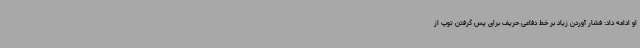
او ادامه داد: فشار آوردن زیاد بر خط دفاعی حریف برای پس گرفتن توپ از